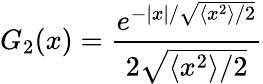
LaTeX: G_{2}(x)=\frac{e^{-|x|/\sqrt{\langle x^{2}\rangle/2}}}{2\sqrt{\langle x^{2}\rangle/2}}